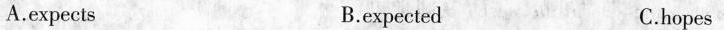
A.expects B.expected C.hopes